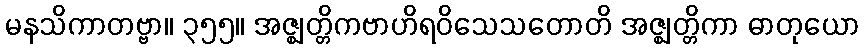
မနသိကာတဗ္ဗာ။ ၃၅၅။ အဇ္ဈတ္တိကဗာဟိရဝိသေသတောတိ အဇ္ဈတ္တိကာ ဓာတုယော